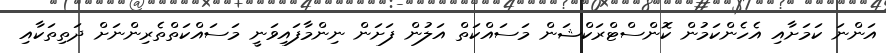
އަންނަ ކަމަށާއި އެހެންކަމުން ކޮންސްޓްރަކްޝަން މަސައްކަތް އަލުން ފަށަން ނިންމާފައިވަނީ މަސައްކަތްތެރިންނަށް ދަތިތަކާއި